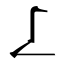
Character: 𠄏